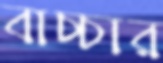
বাচ্চার